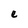
Character: e